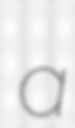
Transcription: a